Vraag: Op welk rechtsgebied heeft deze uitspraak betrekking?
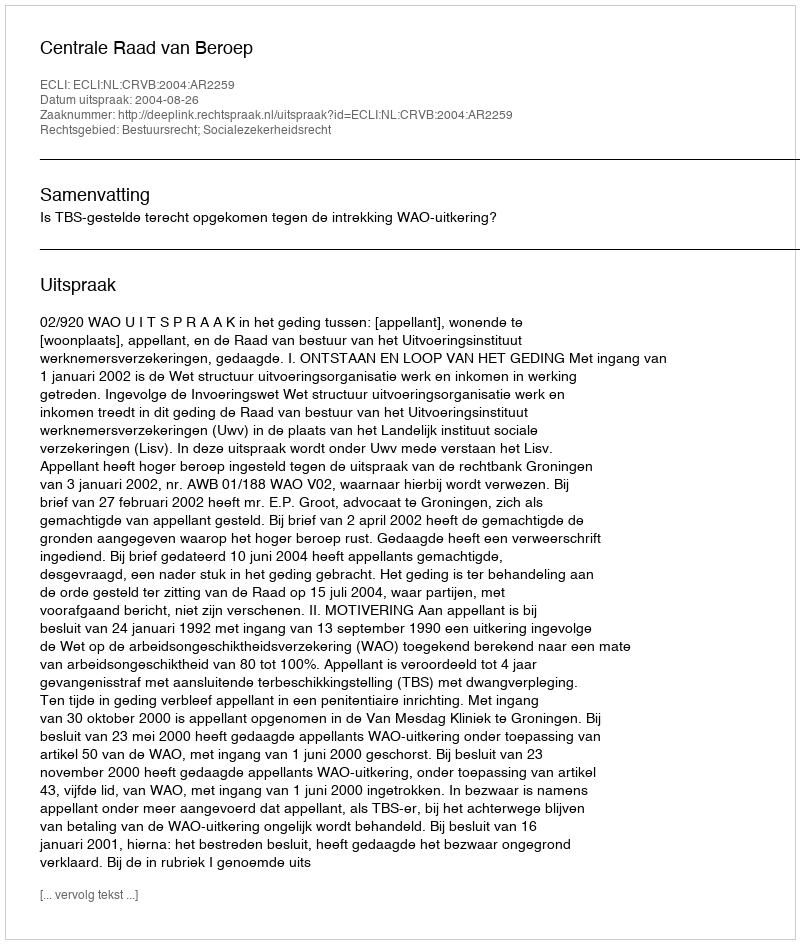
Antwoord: Bestuursrecht; Socialezekerheidsrecht